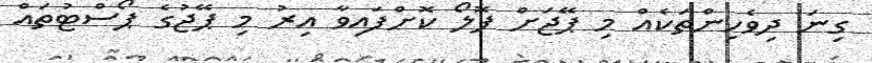
ގިނަ ދިވެހިންތަކެއް މި ޕޭޖަށް ފޮލޯ ކޮށްފައިވާ އިރު މި ޕޭޖުގެ ޕޯސްޓުތައް